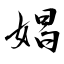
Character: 娼